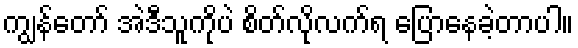
ကျွန်တော် အဲဒီသူကိုပဲ စိတ်လိုလက်ရ ပြောနေခဲ့တာပါ။